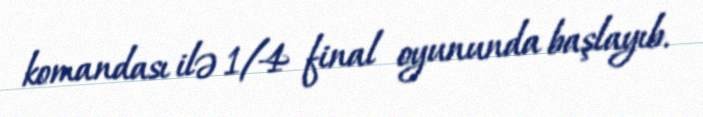
komandası ilə 1/4 final oyununda başlayıb.